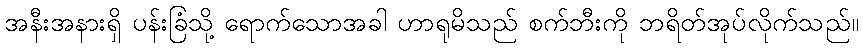
အနီးအနားရှိ ပန်းခြံသို့ ရောက်သောအခါ ဟာရုမိသည် စက်ဘီးကို ဘရိတ်အုပ်လိုက်သည်။